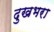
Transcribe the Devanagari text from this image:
दुखभरा